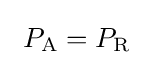
\ P_{\text{A}}=P_{\text{R}}\